Lock hospitals Punjab
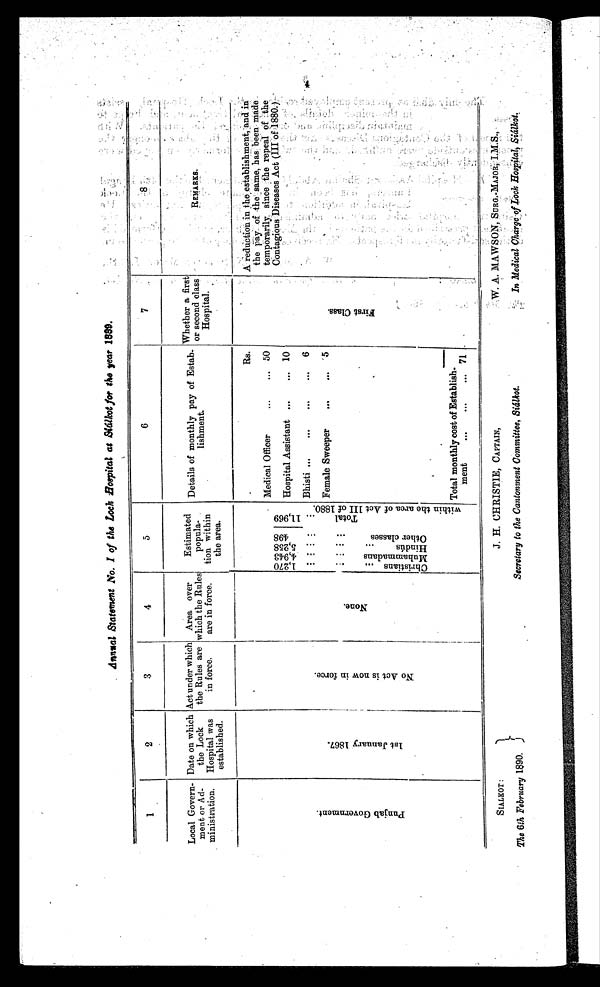
Annual 'Statement No. I of the Loch Hospital at Sialkot for the year 1889.
'
2
3
4
5
6
7
8
Local Govern-
meat or Ad-
ministration.
Date on which
the Lock
Hospital was
established.
Act under which
the Rules are
in force.
Area over
which the Rules
are in force.
Estimated
popula-
tion within
the area.
Details of monthly pay of Estab-
lishment.
Whether a first
or second class
Hospital.
REMARKS
.
P u n j a b G o v e r n m e n t .
1 s t J a n u a r y 1 8 6 7 .
N o A c t i s n o w i n f o r c e .
No n e .
1 , 2 7 0
4 , 9 4 3 5 , 2 5 8 4 9 8
T o t a l 1 1 , 9 6 9
w i t h i n t h e a r e a o f A c t I I I o f 1 8 8 0 .
Rs.
F i r s t c l a s s .
A r'eduction in the establishment,and in
the Pay of the same, has been made
temporarily, since :the repeal of :the
Contagious Diseases Act (III of 1880 . )
Medical Officer
...
... 50
Hospital Assistant ...
... 10
. . . . . . . . . . . .
Bhisti ...
...
...
... 6
C h r i s t i a n s .
M u h a m m a d a n s .
H i n d u s .
O t h e r c l a s s e s
Female Sweeper
. . . . . . 5
Total monthly cost of Establish-
ment
. . . . . . . . .
SIALKOT :
The 6th February 1890.
J. H. CHRISTIE, CAPTAIN,
Secretary to the Cantonment Committee, Sialkot.
M. A. MAWSON, SURG.-MAJOR,I.M.S.,
In Medical Marge of lock Hospital; Sialkot.